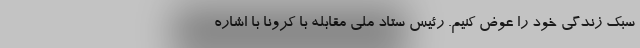
سبک زندگی خود را عوض کنیم. رئیس ستاد ملی مقابله با کرونا با اشاره